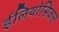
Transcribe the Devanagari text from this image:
ईलियोसिकल